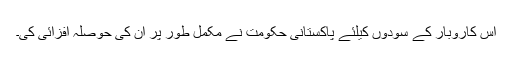
اس کاروبار کے سودوں کیلئے پاکستانی حکومت نے مکمل طور پر اُن کی حوصلہ افزائی کی۔